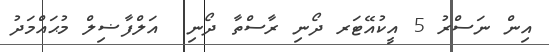
އިން ނަސްރު 5 އީކުއޭޓަރ ދޯނި ރާސްތާ ދޯނި  އަލްފާޟިލް މުޙައްމަދު